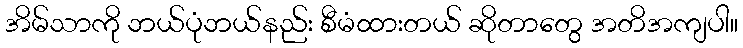
အိမ်သာကို ဘယ်ပုံဘယ်နည်း စီမံထားတယ် ဆိုတာတွေ အတိအကျပါ။